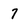
Character: 7